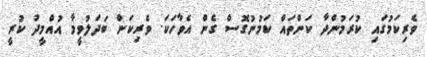
ވެރިކަމުގައި ކުރަމުންދާ ކަންތައް ކަމުނުގޮސް ގެން އެވާހަކަ. ވެރިކަން ބަދަލުވީމާ އުއްމީދު ކުރީ